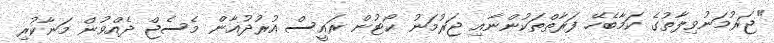
"ޖަރުމަނުވިލާތުގެ ކަމާބެހޭ ފަރާތްތަކުންނާއި ޖަރުމަނު ކޯޓުން ރައީސް އުރުދުޣާން މެސެޖް ދެއްވުން މަނާކުރި